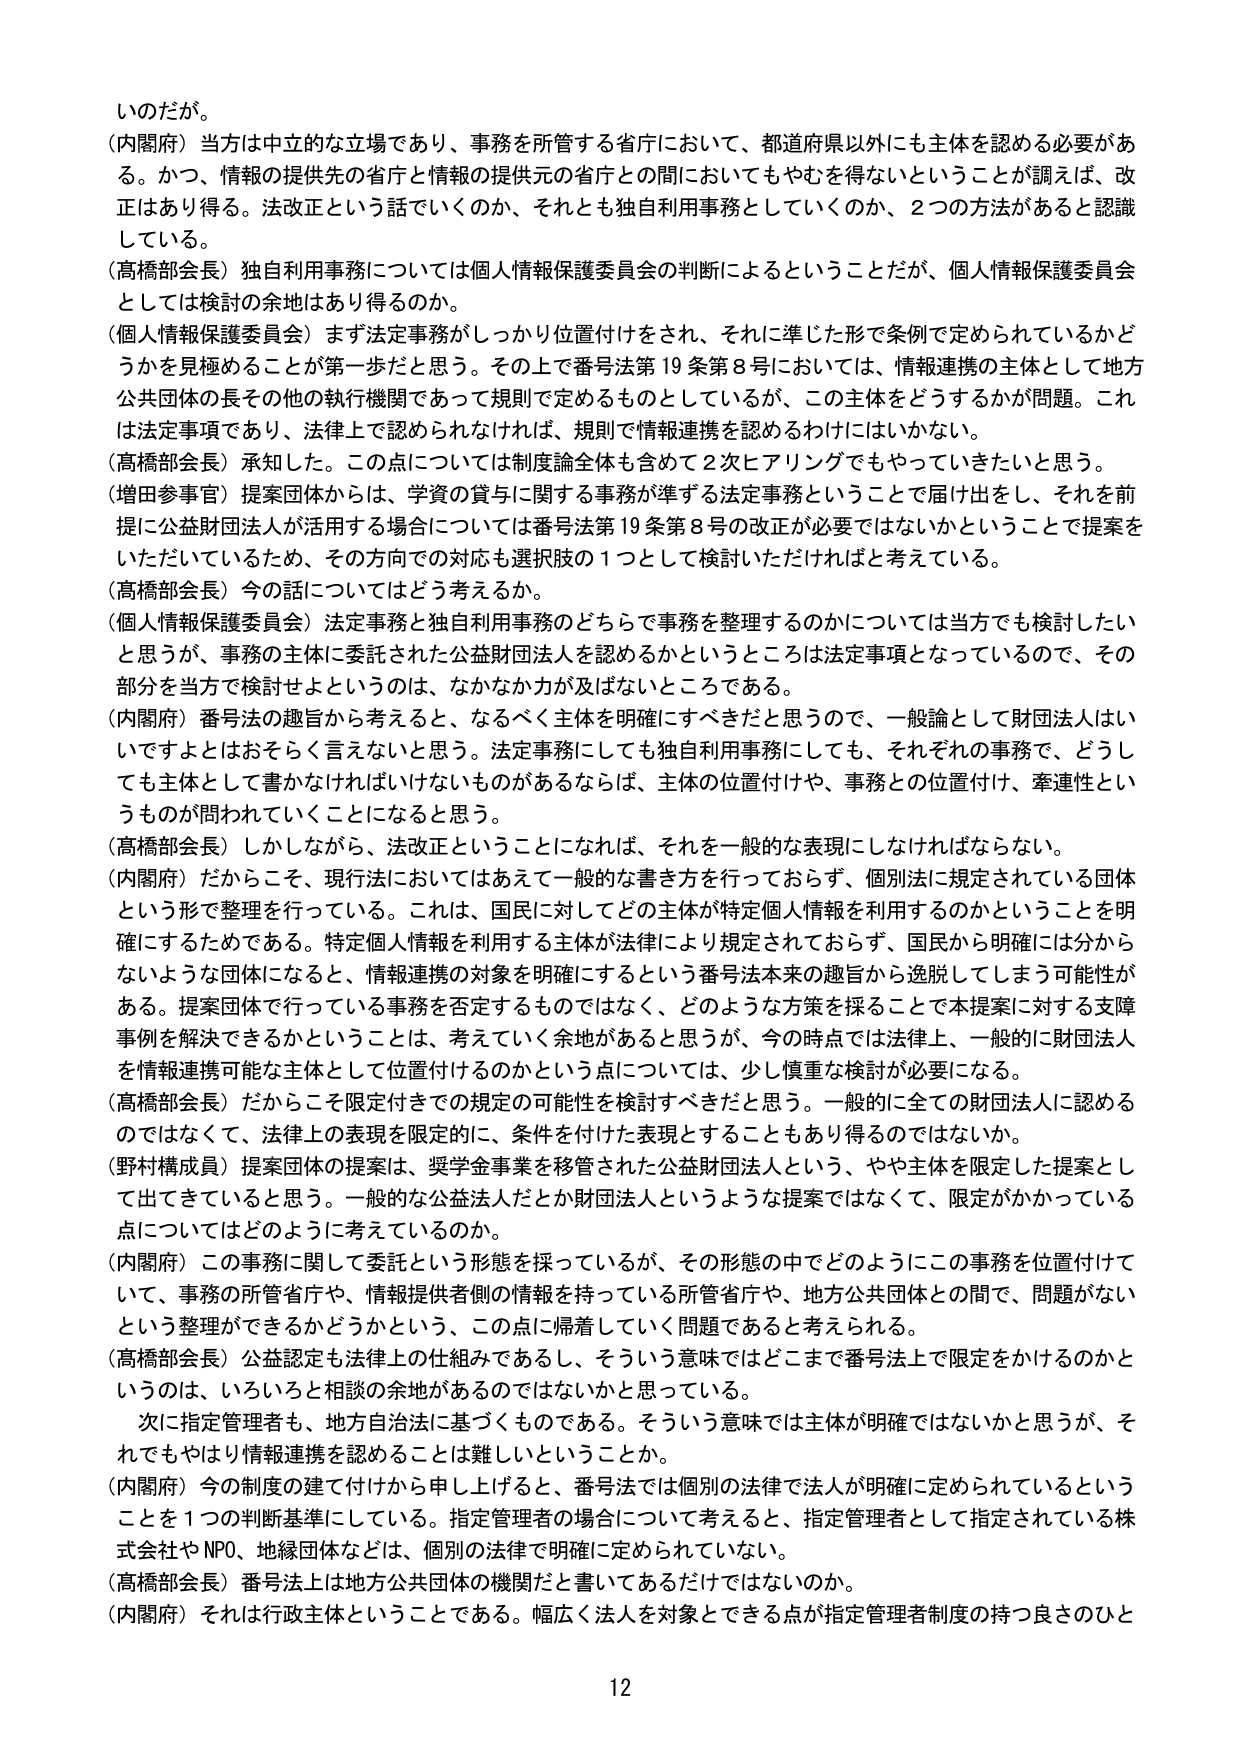
いのだが。
（内閣府）当方は中立的な立場であり、事務を所管する省庁において、都道府県以外にも主体を認める必要がある。かつ、情報の提供先の省庁と情報の提供元の省庁との間においてもやむを得ないということが調えば、改正はあり得る。法改正という話でいくのか、それとも独自利用事務としていくのか、2つの方法があると認識している。
（高橋部会長）独自利用事務については個人情報保護委員会の判断によるということだが、個人情報保護委員会としては検討の余地はあり得るのか。
（個人情報保護委員会）まず法定事務がしっかり位置付けをされ、それに準じた形で条例で定められているかどうかを見極めることが第一歩だと思う。その上で番号法第19条第8号においては、情報連携の主体として地方公共団体の長その他の執行機関であって規則で定めるものとしているが、この主体をどうするかが問題。これは法定事項であり、法律上で認められなければ、規則で情報連携を認めるわけにはいかない。
（高橋部会長）承知した。この点については制度論全体も含めて2次ヒアリングでもやっていきたいと思う。
（増田参事官）提案団体からは、学資の貸与に関する事務が準ずる法定事務ということで届け出をし、それを前提に公益財団法人が活用する場合については番号法第19条第8号の改正が必要ではないかということで提案をいただいているため、その方向での対応も選択肢の1つとして検討いただければと考えている。
（高橋部会長）今の話についてはどう考えるか。
（個人情報保護委員会）法定事務と独自利用事務のどちらで事務を整理するのかについては当方でも検討したいと思うが、事務の主体に委託された公益財団法人を認めるかというところは法定事項となっているので、その部分を当方で検討せよというのは、なかなか力が及ばないところである。
（内閣府）番号法の趣旨から考えると、なるべく主体を明確にすべきだと思うので、一般論として財団法人はいいですよとはおそらく言えないと思う。法定事務にしても独自利用事務にしても、それぞれの事務で、どうしても主体として書かなければならないものがあるならば、主体の位置付けや、事務との位置付け、牽連性というものが問われていくことになると思う。
（高橋部会長）しかしながら、法改正ということになれば、それを一般的な表現にしなければならない。
（内閣府）だからこそ、現行法においてはあえて一般的な書き方を行っておらず、個別法に規定されている団体という形で整理を行っている。これは、国民に対してどの主体が特定個人情報を利用するのかということを明確にするためである。特定個人情報を利用する主体が法律により規定されておらず、国民から明確には分からないような団体になると、情報連携の対象を明確にするという番号法本来の趣旨から逸脱してしまう可能性がある。提案団体で行っている事務を否定するものではなく、どのような方策を採ることで本提案に対する支援事例を解決できるかということは、考えていく余地があると思うが、今の時点では法律上、一般的に財団法人を情報連携可能な主体として位置付けるのかという点については、少し慎重な検討が必要になる。
（高橋部会長）だからこそ限定付きでの規定の可能性を検討すべきだと思う。一般的に全ての財団法人に認めるのではなくて、法律上の表現を限定的に、条件を付けた表現とすることもあり得るのではないか。
（野村構成員）提案団体の提案は、奨学金事業を移管された公益財団法人という、やや主体を限定した提案として出てきていると思う。一般的な公益法人だとか財団法人というような提案ではなくて、限定がかかっている点についてはどのように考えているのか。
（内閣府）この事務に関して委託という形態を採っているが、その形態の中でどのようにこの事務を位置付けていて、事務の所管省庁や、情報提供者側の情報を持っている所管省庁や、地方公共団体との間で、問題がないという整理ができるかどうかという、この点に帰着していく問題であると考えられる。
（高橋部会長）公益認定も法律上の仕組みであるし、そういう意味ではどこまで番号法上で限定をかけるのかというのは、いろいろと相談の余地があるのではないかと思っている。
次に指定管理者も、地方自治法に基づくものである。そういう意味では主体が明確ではないかと思うが、それでもやはり情報連携を認めることは難しいということか。
（内閣府）今の制度の建て付けから申し上げると、番号法では個別の法律で法人が明確に定められているということを1つの判断基準にしている。指定管理者の場合について考えると、指定管理者として指定されている株式会社やNPO、地縁団体などは、個別の法律で明確に定められていない。
（高橋部会長）番号法上は地方公共団体の機関だと言いてあるだけではないのか。
（内閣府）それは行政主体ということである。幅広く法人を対象とする点が指定管理者制度の持つ良さのひと
12